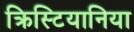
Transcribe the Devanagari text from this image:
क्रिस्टियानिया